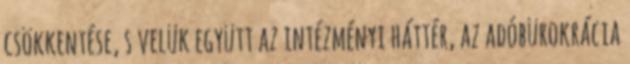
csökkentése, s velük együtt az intézményi háttér, az adóbürokrácia